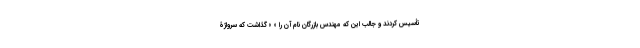
تأسیس کردند و جالب این که مهندس بازرگان نام آن را « » گذاشت که سرواژۀ